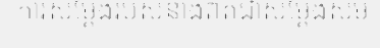
ការសម្តែងរបស់នាងពិតជាសម្តែងសម